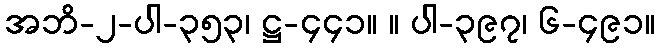
အဘိ-၂-ပါ-၃၅၃၊ ဋ္ဌ-၄၄၁။ ။ ပါ-၃၉၇၊ ၆-၄၉၁။